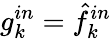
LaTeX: g_{k}^{in}=\hat{f}_{k}^{in}